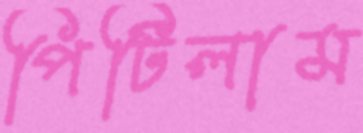
পিটিলাম